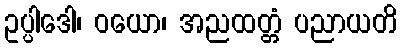
ဥပ္ပါဒေါ၊ ဝယော၊ အညထတ္တံ ပညာယတိ